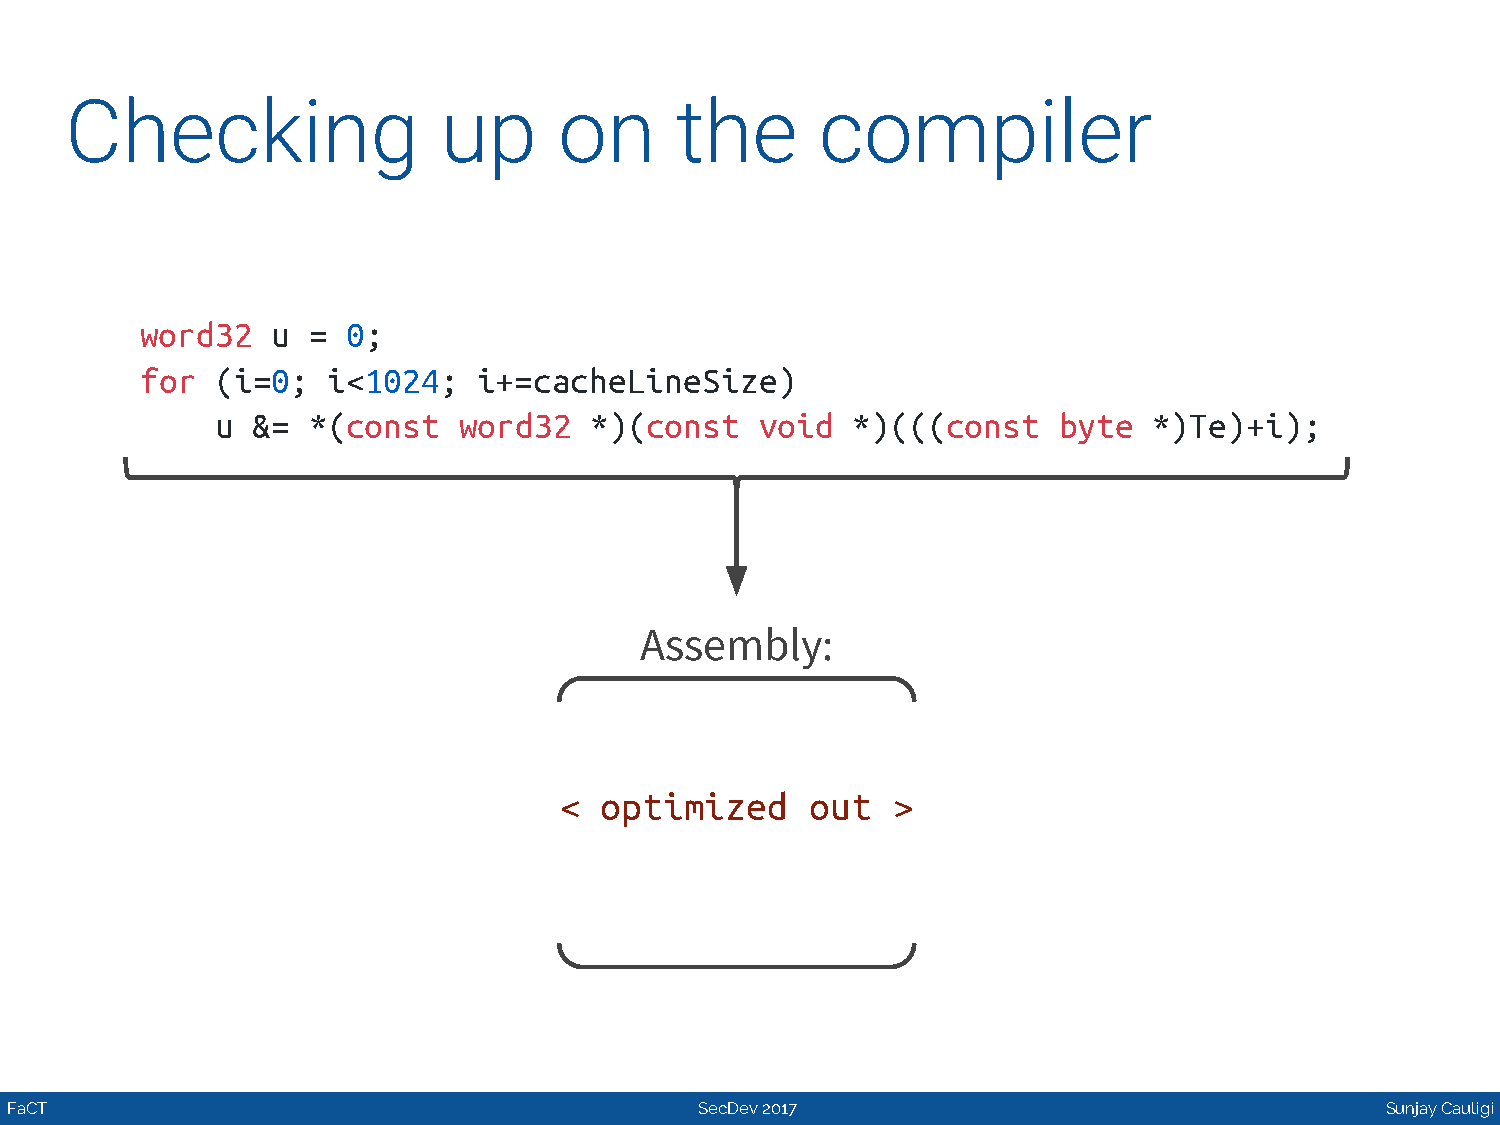
Checking                 up      on      the      compiler
 word32   u =  0;
 for  (i=0;   i<1024;   i+=cacheLineSize)
 u  &= *(const   word32   *)(const   void  *)(((const    byte  *)Te)+i);
 Assembly:
 <  optimized     out  >
 FaCT                                          SecDev 2017                                   Sunjay Cauligi